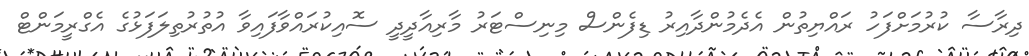
ދިރާސާ ކުރުމަށްފަހު ރައްޔިތުން އެދެމުންދާއިރު ޑިފެންސް މިނިސްޓަރު މާރިއާދީދީ ސޮއިކުރައްވާފައިވާ އުތުރުތިލަފަޅުގެ އެގްރީމަންޓް